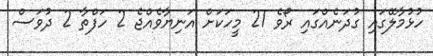
ހުޅުމާލޭގައި ގުދަނެއްގައި ރޯވެ 21 މީހަކަށް އަނިޔާވެއްޖެ 2 ހަފްތާ 2 ދުވަސް